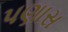
પણાસ